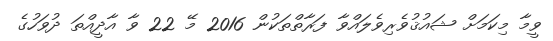
ވީމާ މިކަމަށް ޝައުޤުވެރިވެލައްވާ ފަރާތްތަކުން 2016 މޭ 22 ވާ އާދީއްތަ ދުވަހުގެ